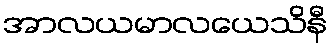
အာလယမာလယေသိနီ